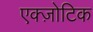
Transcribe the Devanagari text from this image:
एक्ज़ोटिक